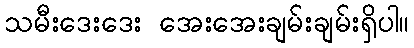
သမီးဒေးဒေး အေးအေးချမ်းချမ်းရှိပါ။